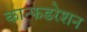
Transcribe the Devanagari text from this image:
कान्फडरेशन